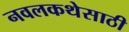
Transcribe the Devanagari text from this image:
नवलकथेसाठी